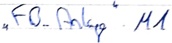
Text: "FB_Anlage".M1